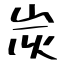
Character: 炭